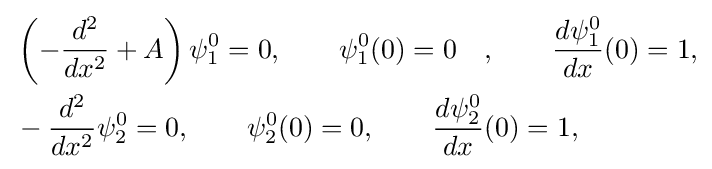
{\begin{aligned}&\left(-{\frac {d^{2}}{dx^{2}}}+A\right)\psi _{1}^{0}=0,\qquad \psi _{1}^{0}(0)=0\quad ,\qquad {\frac {d\psi _{1}^{0}}{dx}}(0)=1,\\&-{\frac {d^{2}}{dx^{2}}}\psi _{2}^{0}=0,\qquad \psi _{2}^{0}(0)=0,\qquad {\frac {d\psi _{2}^{0}}{dx}}(0)=1,\end{aligned}}